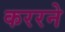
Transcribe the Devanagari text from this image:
कररने